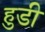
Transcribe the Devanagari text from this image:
हुडी